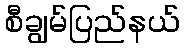
စီချွမ်ပြည်နယ်